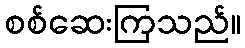
စစ်ဆေးကြသည်။